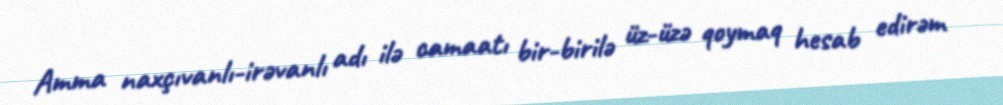
Amma naxçıvanlı-irəvanlı adı ilə camaatı bir-birilə üz-üzə qoymaq hesab edirəm